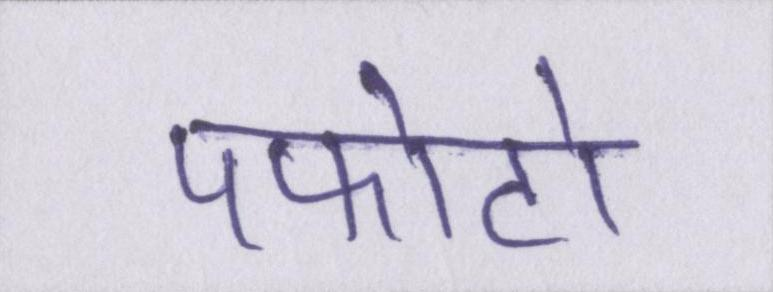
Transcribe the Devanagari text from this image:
पफोटो